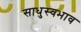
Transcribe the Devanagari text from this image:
साधुस्वभाव